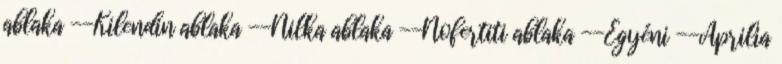
ablaka --Kilendin ablaka --Nilka ablaka --Nofertiti ablaka --Egyéni --Áprilia